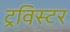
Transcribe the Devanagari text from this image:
ट्रविस्टर